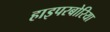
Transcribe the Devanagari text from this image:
हाइपरबोरिया